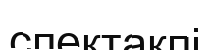
спектакпі